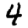
Digit: 4